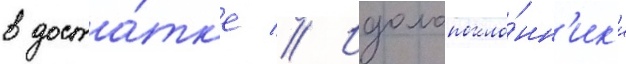
в доста́тк'е // Идолопокло́нн'ик'и